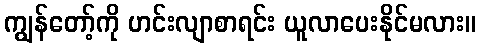
ကျွန်တော့်ကို ဟင်းလျာစာရင်း ယူလာပေးနိုင်မလား။